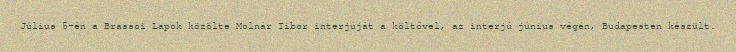
Július 5-én a Brassói Lapok közölte Molnár Tibor interjúját a költővel, az interjú június végén, Budapesten készült.